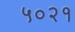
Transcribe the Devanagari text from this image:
५०२१